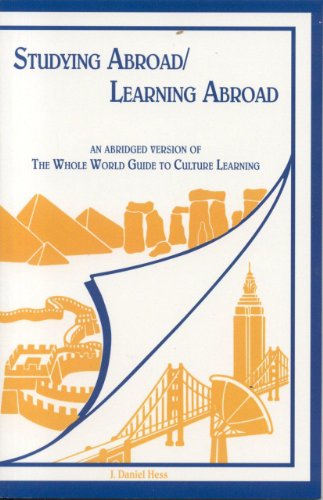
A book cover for Studying Abroad/Learning Abroad: An Abridged Edition of the Whole World Guide to Culture Learning; Daniel J. Hess; Travel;